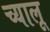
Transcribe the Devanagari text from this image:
च्यालू